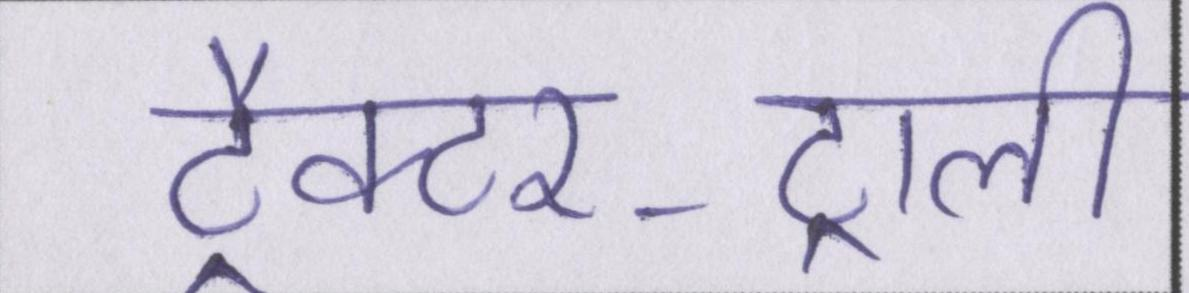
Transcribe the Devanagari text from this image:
ट्रैक्टर-ट्राली